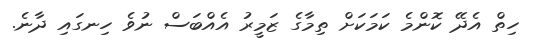
ހިތް އެދޭ ކޮންމެ ކަމަކަށް ތިމާގެ ޒަމީރު އެއްބަސް ނުވެ ހިނގައި ދާނެ.